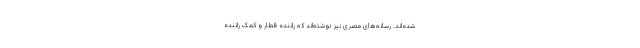
شده‌اند. رسانه‌های مصری نیز نوشته‌اند که راننده قطار و کمک راننده